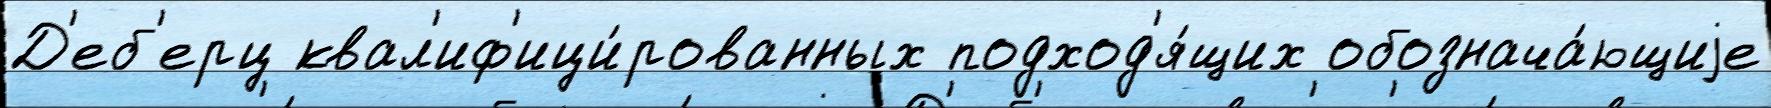
Д'еб'ерц квал'иф'ици́рованных подход'я́щих обознача́ющиjе